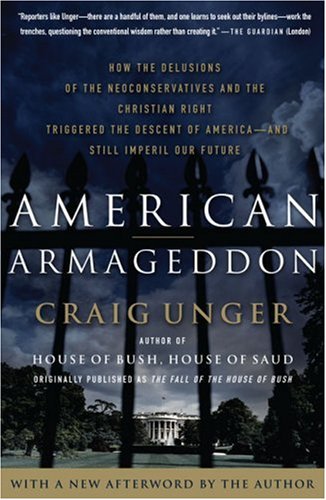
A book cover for American Armageddon: How the Delusions of the Neoconservatives and the Christian Right Triggered the Descent of America--and Still Imperil Our Future; Craig Unger; History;